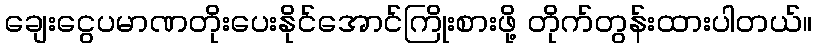
ချေးငွေပမာဏတိုးပေးနိုင်အောင်ကြိုးစားဖို့ တိုက်တွန်းထားပါတယ်။